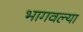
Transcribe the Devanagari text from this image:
भागवल्या